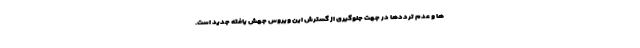
ها و عدم ترددها در جهت جلوگیری از گسترش این ویروس جهش یافته جدید است.